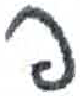
אות: פ